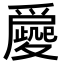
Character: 𡖀